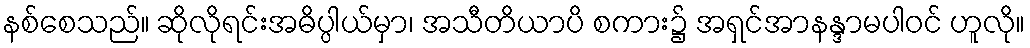
နစ်စေသည်။ ဆိုလိုရင်းအဓိပ္ပါယ်မှာ၊ အသီတိယာပိ စကား၌ အရှင်အာနန္ဒာမပါဝင် ဟူလို။